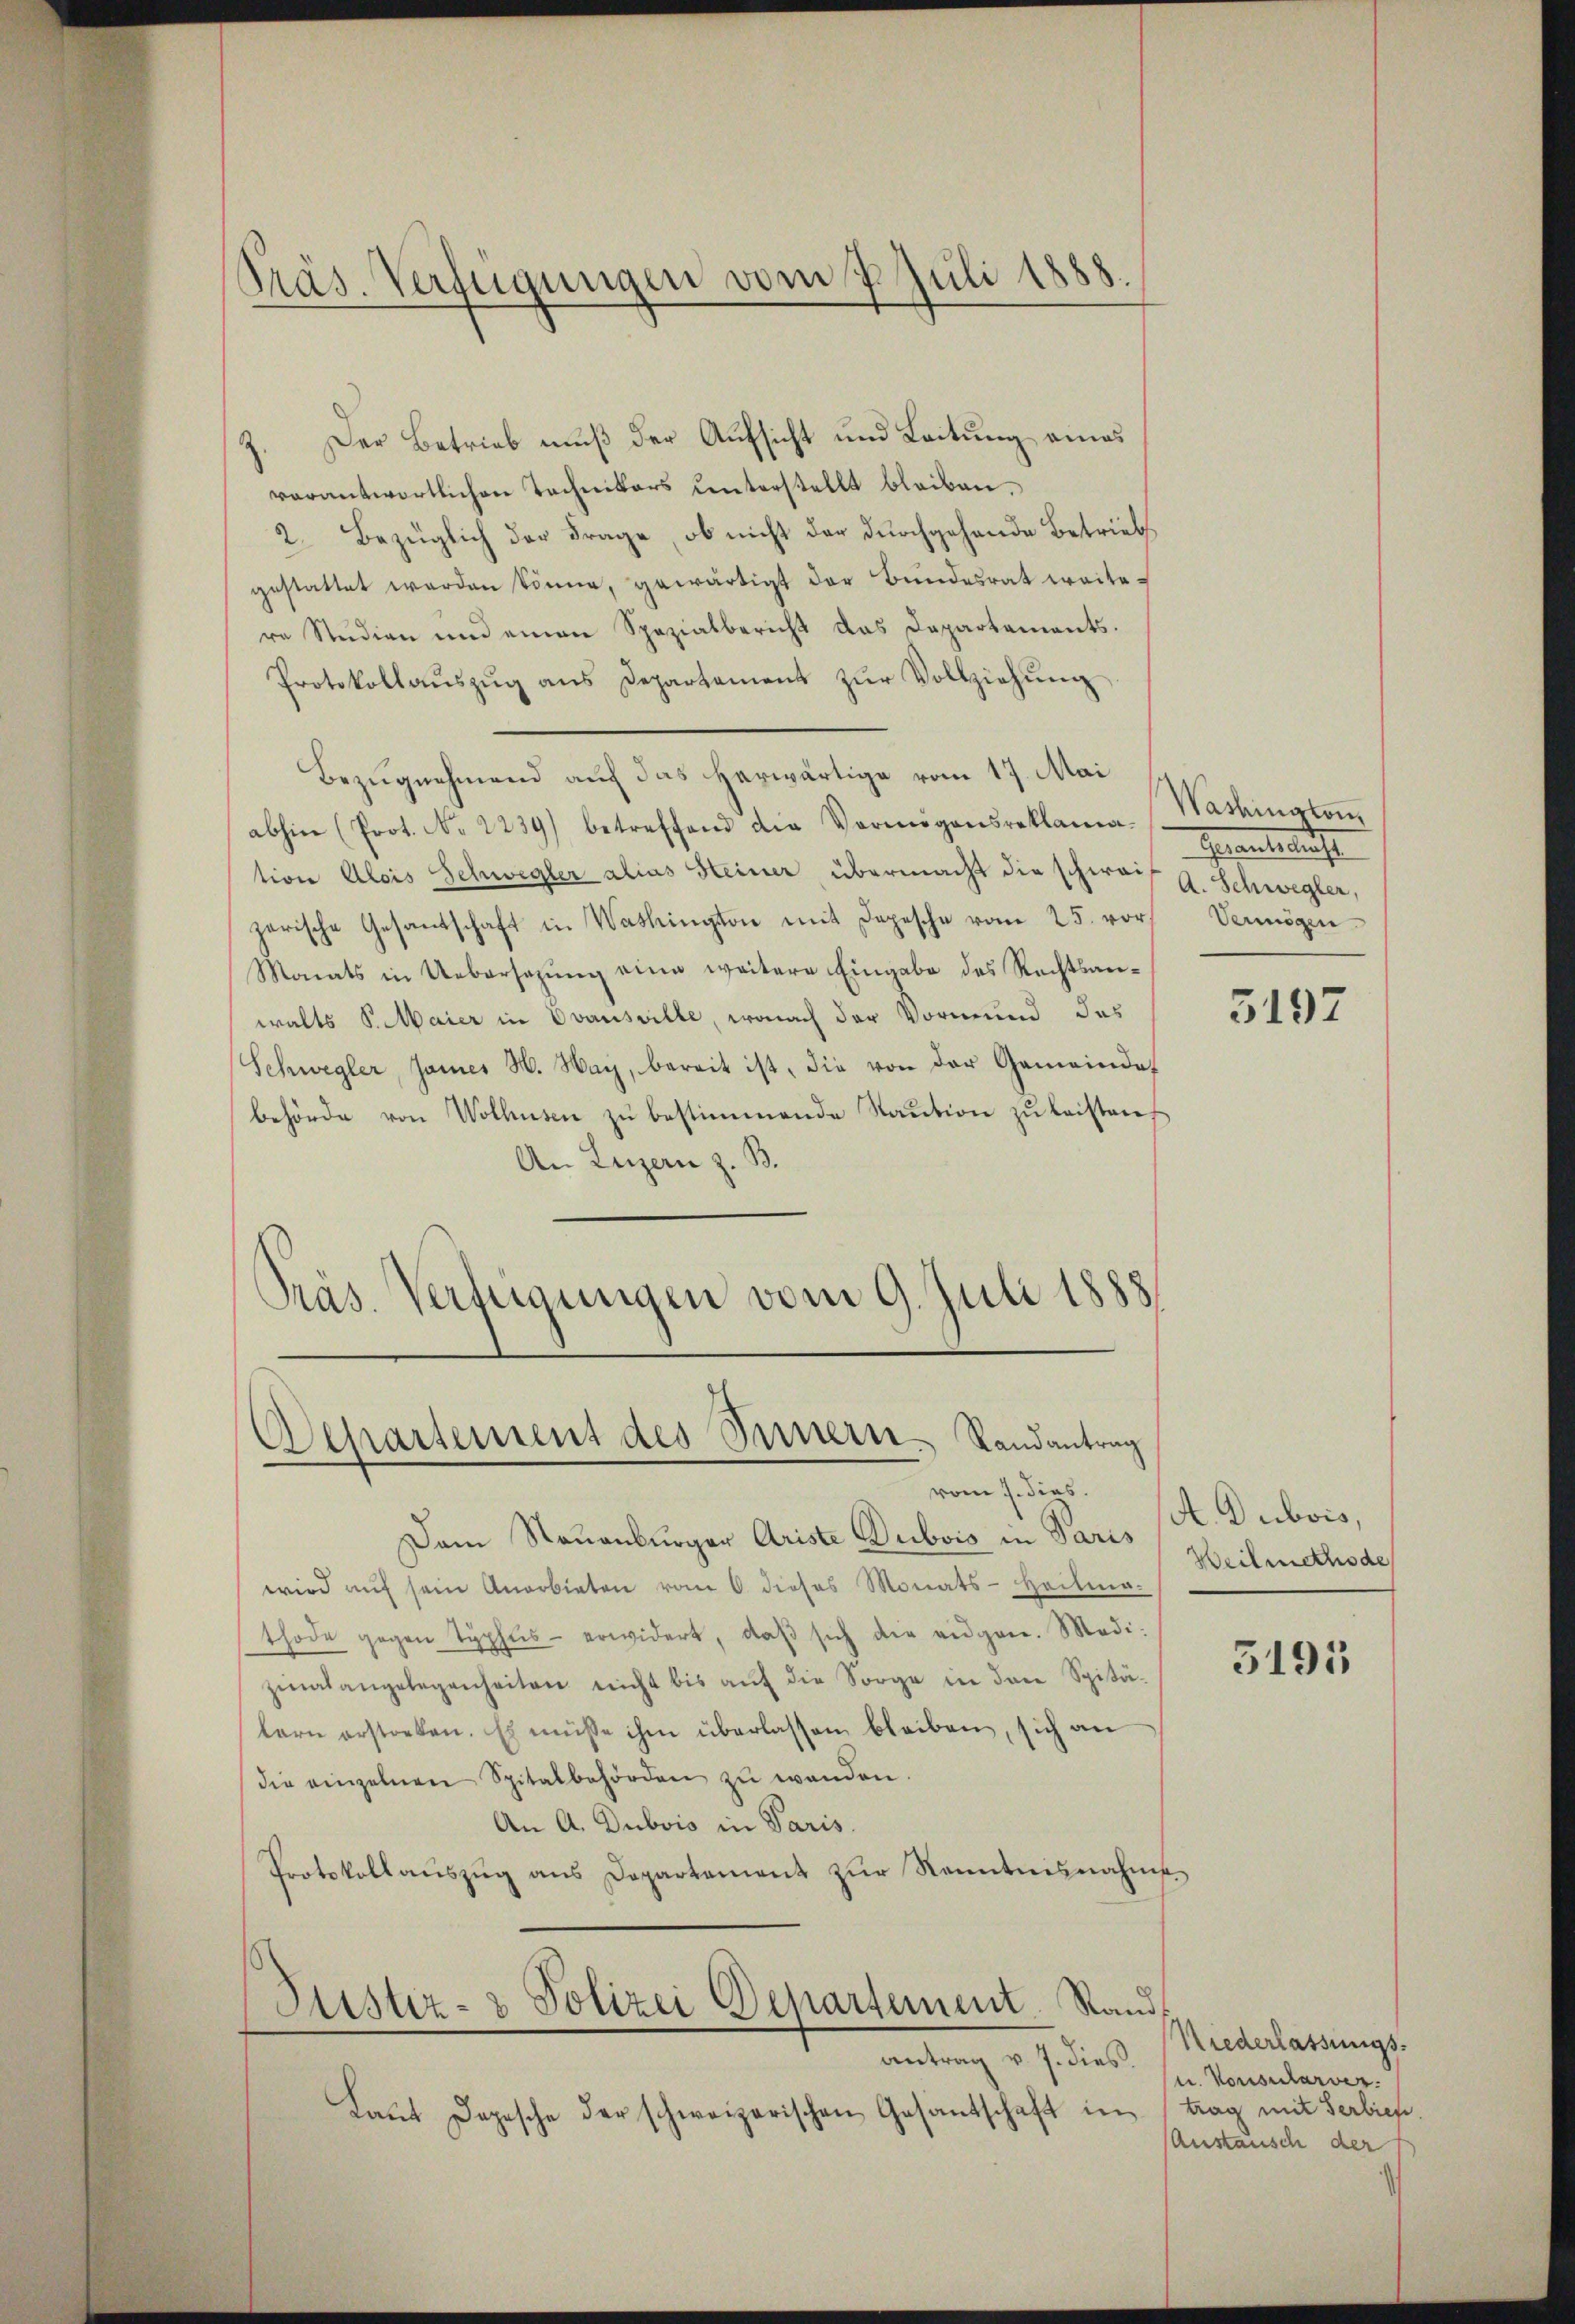
Der Betrieb muß der Aufsicht und Leitung eines
verantwortlichen Technikers unterstellt bleiben.
2. Bezüglich der Frage, ob nicht der durchgehende Betriebs
gestattet werden könne, gewärtigt der Bŭndesrat weite
re Studien und einen Spezialbericht das Departements.
Protokollaŭszŭg ans Departement zŭr Vollziehŭng
Bezugnehmend auf das herwärtige vom 17. Mai
abhin (Prot. No 2239) betreffend die Vermögensreklamation Alois Schwegler alias Heiner übermacht die schwaif A. Schwegler,
zerische Gesantschaft in Washington mit Depesche vom 25. vor Vermögen
Monats in Uebersezung eine weitere Eingabe des Rechtsanwalts S. Maier in Evansville, wonach der Vormund des
Schwegler, James H. Way, bereit ist, die von der Gemeindebehörde von Wolhusen zŭ bestimmende Staŭtion zŭ leisten
An Luzern z. B.
Präs. Verfügungen vom 9. Juli 1888.

Präs. Verfügungen vom 7. Juli 1888.

Departement des Innern. Randantrag
vom 7. dies

Dem Stauenburger Ariste Dubois in Paris
wird aŭf sein Anerbieten vom 6. dieses Monats-Heilma-
thode gegen Typhus erwidert, daβ sich die eigen. Medizinalangelegenheiten nicht bis aŭf die Sorge in den Spitä-
lern erstorben. Es müsse ihm überlassen bleiben, sich an
die einzelnen Spitalbehörden zŭ wenden.
An A. Dubois in Paris.
Protokollauszug aus Departement zur Kenntnisnahme
Justiz- & Polizei Departement. Stand
antrag v. J. dies s. Konsularver¬
Laŭt Depesche der schweizerischen Gesantschaft in tag mit Serbien

Washington
Graeubeleuch

5197

A. Dubois,
Weilmethode

5191

Niederlassungs-
Austausch der